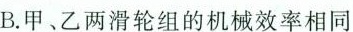
B.甲、乙两滑轮组的机械效率相同